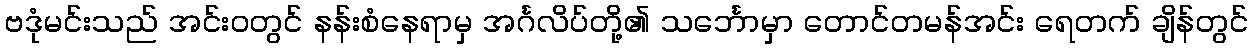
ဗဒုံမင်းသည် အင်းဝတွင် နန်းစံနေရာမှ အင်္ဂလိပ်တို့၏ သင်္ဘောမှာ တောင်တမန်အင်း ရေတက် ချိန်တွင်